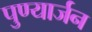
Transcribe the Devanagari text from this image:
पुण्यार्जन